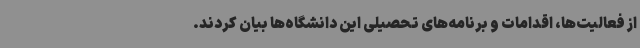
از فعالیت‌ها، اقدامات و برنامه‌های تحصیلی این دانشگاه‌ها بیان کردند.